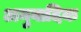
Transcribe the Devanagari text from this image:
अनुवादिक